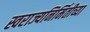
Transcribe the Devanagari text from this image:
स्वराज्यनिर्मितीच्या